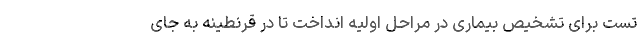
تست برای تشخیص بیماری در مراحل اولیه انداخت تا در قرنطینه به جای